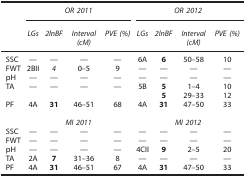
|  | <COLSPAN=4> OR 2011 | <COLSPAN=4> OR 2012 |
 |  | LGs | 2lnBF | Interval (cM) | PVE (%) | LGs | 2lnBF | Interval (cM) | PVE (%) |
 | --- | --- | --- | --- | --- | --- | --- | --- | --- |
 | SSC | — | — | — | — | 6A | 6 | 50–58 | 10 |
 | FWT | 2BII | 4 | 0–5 | 9 | — | — | — | — |
 | pH | — | — | — | — | — | — | — | — |
 | TA | — | — | — | — | 5B | 5 | 1–4 | 10 |
 |  |  |  |  |  |  | 5 | 29–33 | 12 |
 | PF | 4A | 31 | 46–51 | 68 | 4A | 31 | 47–50 | 33 |
 |  | <COLSPAN=4> MI 2011 | <COLSPAN=4> MI 2012 |
 | SSC | — | — | — | — | — | — | — | — |
 | FWT | — | — | — | — | — | — | — | — |
 | pH | — | — | — | — | 4CII | 9 | 2–5 | 20 |
 | TA | 2A | 7 | 31–36 | 8 | — | — | — | — |
 | PF | 4A | 31 | 46–51 | 67 | 4A | 31 | 47–50 | 33 |